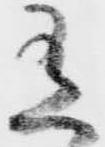
有